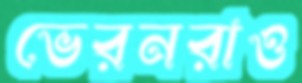
ভেরনরাও